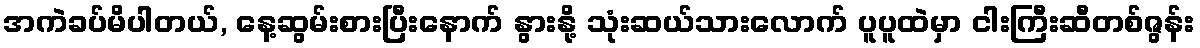
အကဲခပ်မိပါတယ်, နေ့ဆွမ်းစားပြီးနောက် နွားနို့ သုံးဆယ်သားလောက် ပူပူထဲမှာ ငါးကြီးဆီတစ်ဇွန်း